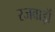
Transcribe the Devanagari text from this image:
रजवाड़ॊं